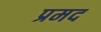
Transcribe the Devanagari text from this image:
प्रमद